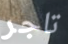
تاجر